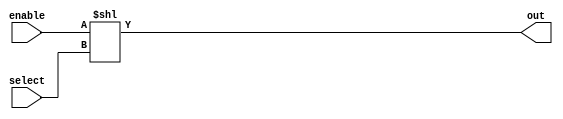
module decoder (out, select, enable);

    input [4:0] select;
    input enable;
    output [31:0] out;

    wire [31:0] en;
    
    assign en[0] = enable;
    assign en[1] = 1'b0;
    assign en[2] = 1'b0;
    assign en[3] = 1'b0;
    assign en[4] = 1'b0;
    assign en[5] = 1'b0;
    assign en[6] = 1'b0;
    assign en[7] = 1'b0;
    assign en[8] = 1'b0;
    assign en[9] = 1'b0;
    assign en[10] = 1'b0;
    assign en[11] = 1'b0;
    assign en[12] = 1'b0;
    assign en[13] = 1'b0;
    assign en[14] = 1'b0;
    assign en[15] = 1'b0;
    assign en[16] = 1'b0;
    assign en[17] = 1'b0;
    assign en[18] = 1'b0;
    assign en[19] = 1'b0;
    assign en[20] = 1'b0;
    assign en[21] = 1'b0;
    assign en[22] = 1'b0;
    assign en[23] = 1'b0;
    assign en[24] = 1'b0;
    assign en[25] = 1'b0;
    assign en[26] = 1'b0;
    assign en[27] = 1'b0;
    assign en[28] = 1'b0;
    assign en[29] = 1'b0;
    assign en[30] = 1'b0;
    assign en[31] = 1'b0;

    assign out = en << select;

endmodule